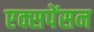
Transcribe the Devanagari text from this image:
एक्सपेंसन